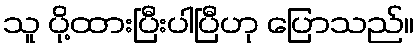
သူ ပို့ထားပြီးပါပြီဟု ပြောသည်။